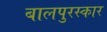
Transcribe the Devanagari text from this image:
बालपुरस्कार